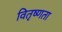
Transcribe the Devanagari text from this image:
वितृष्णता